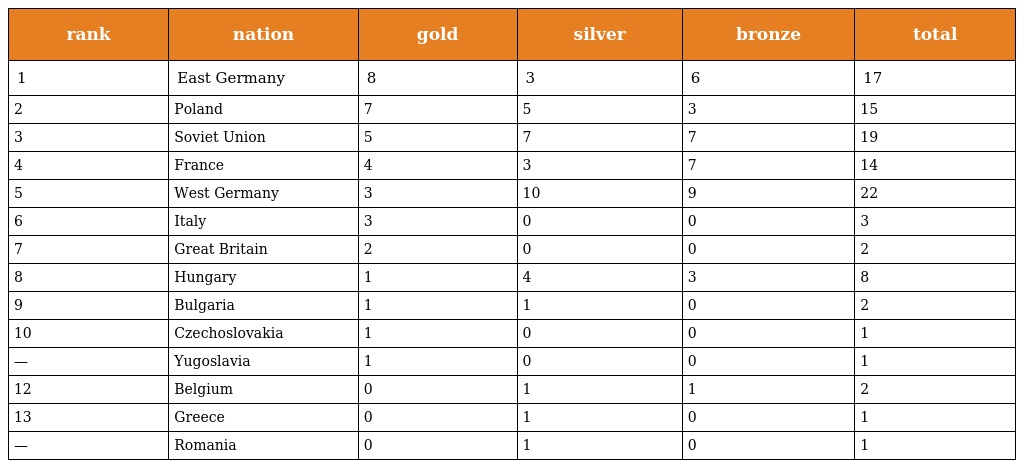
| rank | nation | gold | silver | bronze | total |
 | --- | --- | --- | --- | --- | --- |
 | 1 | East Germany | 8 | 3 | 6 | 17 |
 | 2 | Poland | 7 | 5 | 3 | 15 |
 | 3 | Soviet Union | 5 | 7 | 7 | 19 |
 | 4 | France | 4 | 3 | 7 | 14 |
 | 5 | West Germany | 3 | 10 | 9 | 22 |
 | 6 | Italy | 3 | 0 | 0 | 3 |
 | 7 | Great Britain | 2 | 0 | 0 | 2 |
 | 8 | Hungary | 1 | 4 | 3 | 8 |
 | 9 | Bulgaria | 1 | 1 | 0 | 2 |
 | 10 | Czechoslovakia | 1 | 0 | 0 | 1 |
 | — | Yugoslavia | 1 | 0 | 0 | 1 |
 | 12 | Belgium | 0 | 1 | 1 | 2 |
 | 13 | Greece | 0 | 1 | 0 | 1 |
 | — | Romania | 0 | 1 | 0 | 1 |